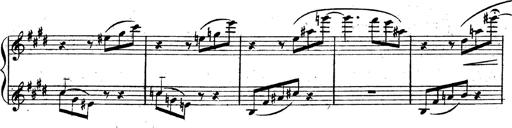
Title: 3 Caprices-Valses
Composer: Franz Liszt